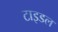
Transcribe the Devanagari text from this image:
टाइडल